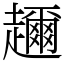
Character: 趰